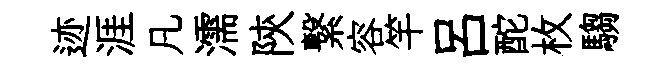
迹涯凡濡陝繋容竿呂酡枚騶